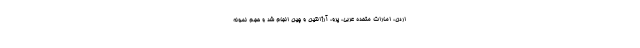
اردن، امارات متحده عربی، پرو، آرژانتین و چین انجام شد و حجم نمونه